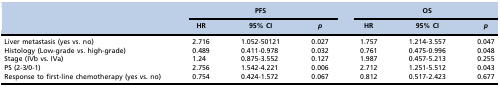
<table><thead><tr><td></td><td colspan="3"><b>PFS</b></td><td colspan="3"><b>OS</b></td></tr><tr><td></td><td><b>HR</b></td><td><b>95% CI</b></td><td><b><i>p</i></b></td><td><b>HR</b></td><td><b>95% CI</b></td><td><b><i>p</i></b></td></tr></thead><tbody><tr><td>Liver metastasis (yes vs. no)</td><td>2.716</td><td>1.052-50121</td><td>0.027</td><td>1.757</td><td>1.214-3.557</td><td>0.047</td></tr><tr><td>Histology (Low-grade vs. high-grade)</td><td>0.489</td><td>0.411-0.978</td><td>0.032</td><td>0.761</td><td>0.475-0.996</td><td>0.048</td></tr><tr><td>Stage (IVb vs. IVa)</td><td>1.24</td><td>0.875-3.552</td><td>0.127</td><td>1.987</td><td>0.457-5.213</td><td>0.255</td></tr><tr><td>PS (2-3/0-1)</td><td>2.756</td><td>1.542-4.221</td><td>0.006</td><td>2.712</td><td>1.251-5.512</td><td>0.043</td></tr><tr><td>Response to first-line chemotherapy (yes vs. no)</td><td>0.754</td><td>0.424-1.572</td><td>0.067</td><td>0.812</td><td>0.517-2.423</td><td>0.677</td></tr></tbody></table>